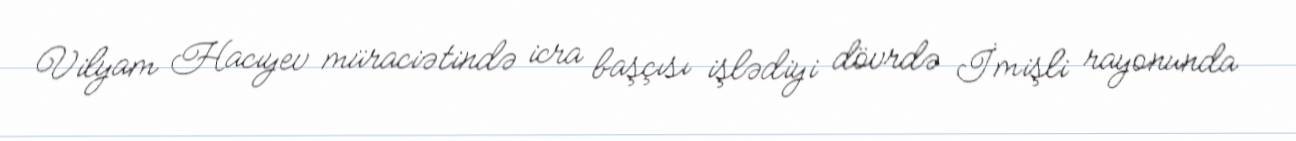
Vilyam Hacıyev müraciətində icra başçısı işlədiyi dövrdə İmişli rayonunda